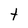
Character: t